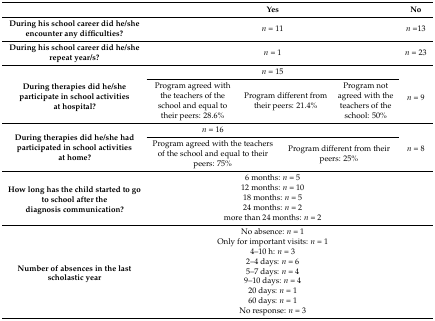
|  | <COLSPAN=4> Yes | No |
 | --- | --- | --- | --- | --- | --- |
 | During his school career did he/she encounter any difficulties? | <COLSPAN=4> n = 11 | n =13 |
 | During his school career did he/she repeat year/s? | <COLSPAN=4> n = 1 | n = 23 |
 | <ROWSPAN=2> During therapies did he/she participate in school activities at hospital? | <COLSPAN=4> n = 15 | <ROWSPAN=2> n = 9 |
 | Program agreed with the teachers of the school and equal to their peers: 28.6% | <COLSPAN=2> Program different from their peers: 21.4% | Program not agreed with the teachers of the school: 50% |
 | <ROWSPAN=2> During therapies did he/she had participated in school activities at home? | <COLSPAN=2> n = 16 | <COLSPAN=2>  | <ROWSPAN=2> n = 8 |
 | <COLSPAN=2> Program agreed with the teachers of the school and equal to their peers: 75% | <COLSPAN=2> Program different from their peers: 25% |
 | <ROWSPAN=5> How long has the child started to go to school after the diagnosis communication? | <COLSPAN=4> 6 months: n = 5 | <ROWSPAN=5>  |
 | <COLSPAN=4> 12 months: n = 10 |
 | <COLSPAN=4> 18 months: n = 5 |
 | <COLSPAN=4> 24 months: n = 2 |
 | <COLSPAN=4> more than 24 months: n = 2 |
 | <ROWSPAN=9> Number of absences in the last scholastic year | <COLSPAN=4> No absence: n = 1 |  |
 | <COLSPAN=4> Only for important visits: n = 1 |  |
 | <COLSPAN=4> 4–10 h: n = 3 |  |
 | <COLSPAN=4> 2–4 days: n = 6 |  |
 | <COLSPAN=4> 5–7 days: n = 4 |  |
 | <COLSPAN=4> 9–10 days: n = 4 |  |
 | <COLSPAN=4> 20 days: n = 1 |  |
 | <COLSPAN=4> 60 days: n = 1 |  |
 | <COLSPAN=4> No response: n = 3 |  |